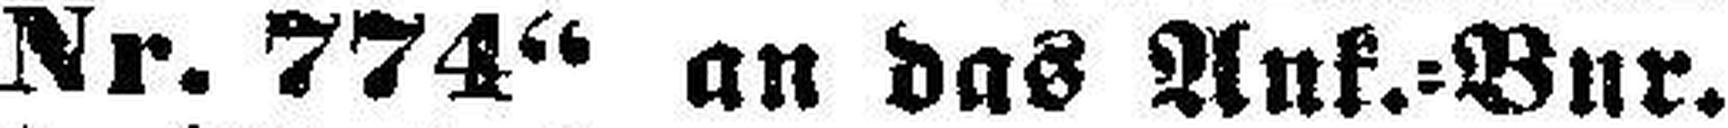
Nr. 774“ an das Ank.=Bur.